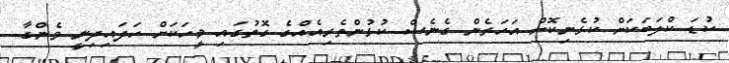
ކުޑަ ކްލަބަކަށް ކުޅެނިކޮށް އަހަރެން ގެނެސް ކުޅުންތެރިއެއްގެ ގޮތުގައި މީހަކަށް ހަދައިދިނީ ވެންގާ.